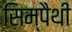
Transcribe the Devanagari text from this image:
सिम्पैथी